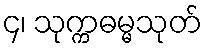
၄၊ သုက္ကဓမ္မသုတ်